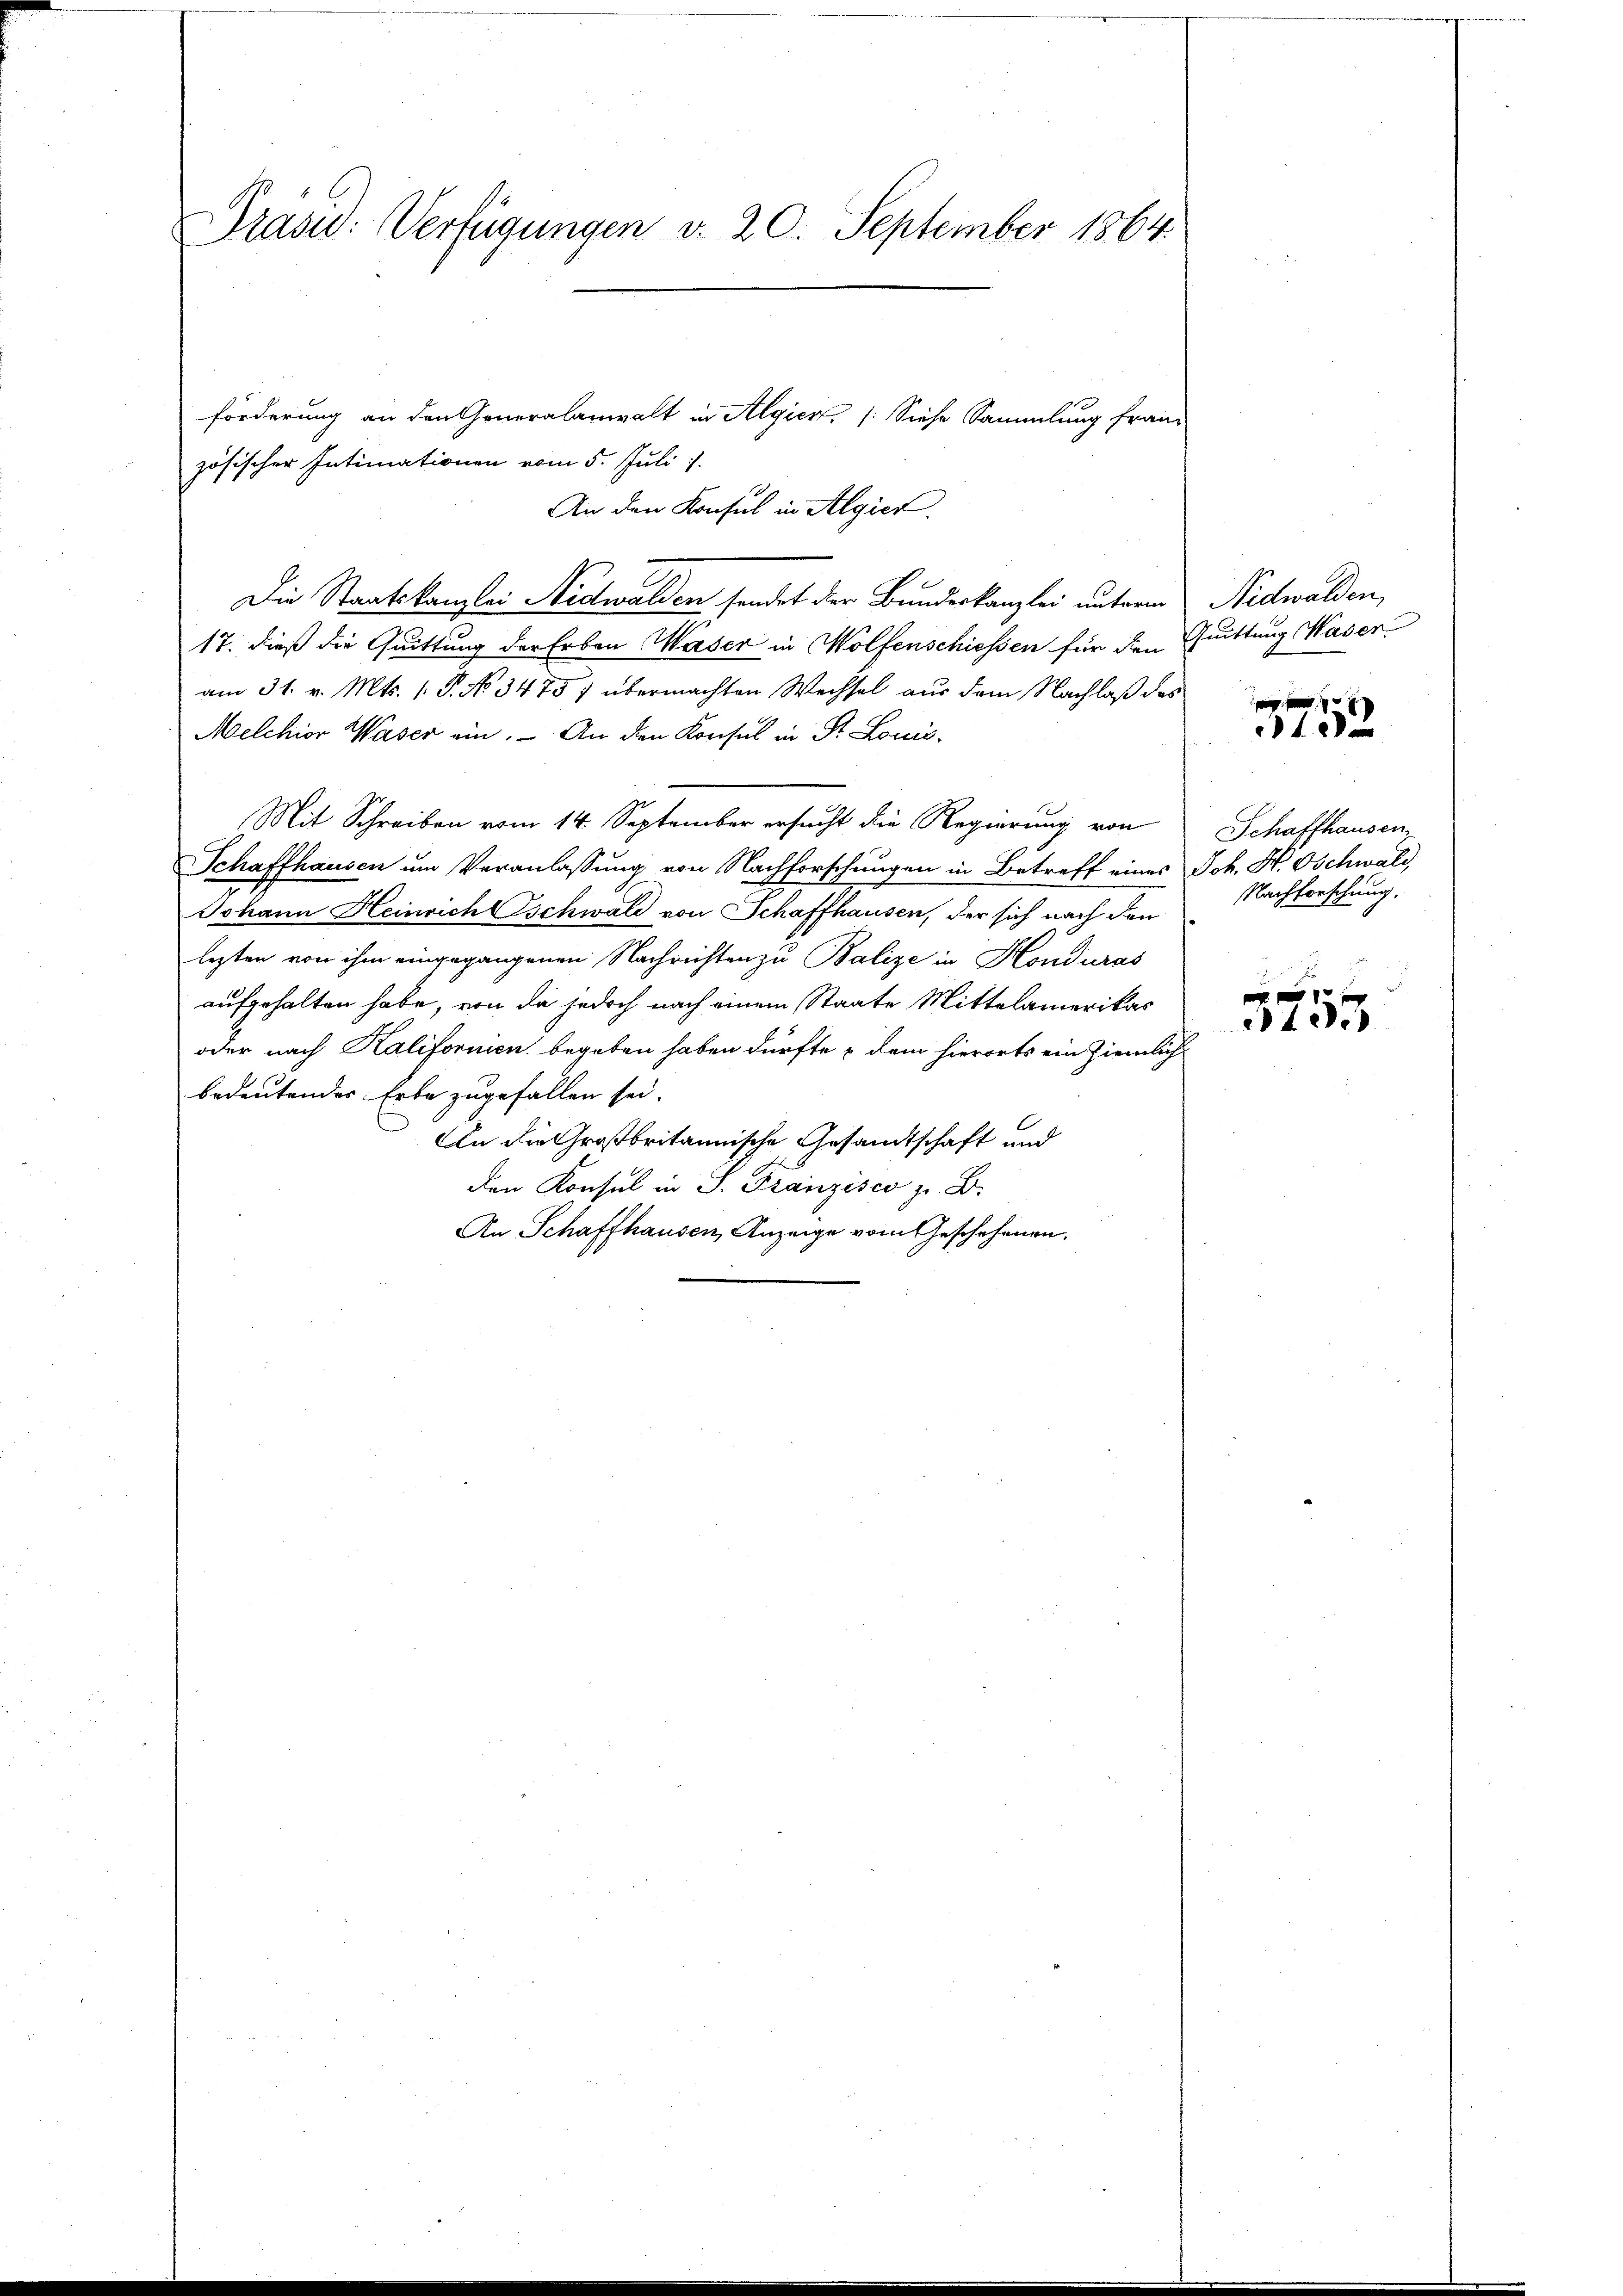
Prasi: Verfügungen v. 20. September 1864.

zösischer Intimationen vom 5. Juli 1
An den Konsul in Algier.
Die Staatskanzlei Nidwalden sendet der Bundeskanzlei unterm
17. dieß die Quittung der Erben Waser in Wolfenschiessen für den Quittung Wasen
am 31. v. Mts. 1. P. No 3475 7 übermachten Wechsel aus dem Nachlaß das
Melchior Waser ein. An den Konsul in St. Louis-
Mit Schreiben vom 14. September ersucht die Regierung von
Schaffhausen um Veranlassung von Nachforschungen in Betreff eines Joh. H. Oschwald,
Johann Heinrich schwald von Schaffhausen, der sich nach den
lezten von ihm eingegangenen Nachrichten zu Balize in Honduras
aufgehalten habe, von da jedoch nach einem Staate Mittelamerikas
oder nach Kalifornien begeben haben dürfte u dem hierorts ein ziemlich
bedeutendes Erbe zugefallen sei.
An die Großbritannische Gesandtschaft und
den Konsul in 3. Franzisco z. B.
An Schaffhausen, Anzeige vom Geschehenen.

förderung an den Generalanwalt in Algien, (Siehe Sammlung fran-

Nidwalden,

x
0 f 0 x

Schaffhausen,
Nachforschung.

e
d 12.